Annual report of the Civil Veterinary Department, Bengal, and of the Bengal Veterinary College, for the year 1900-1901 - 1900-1901
Year: 1900
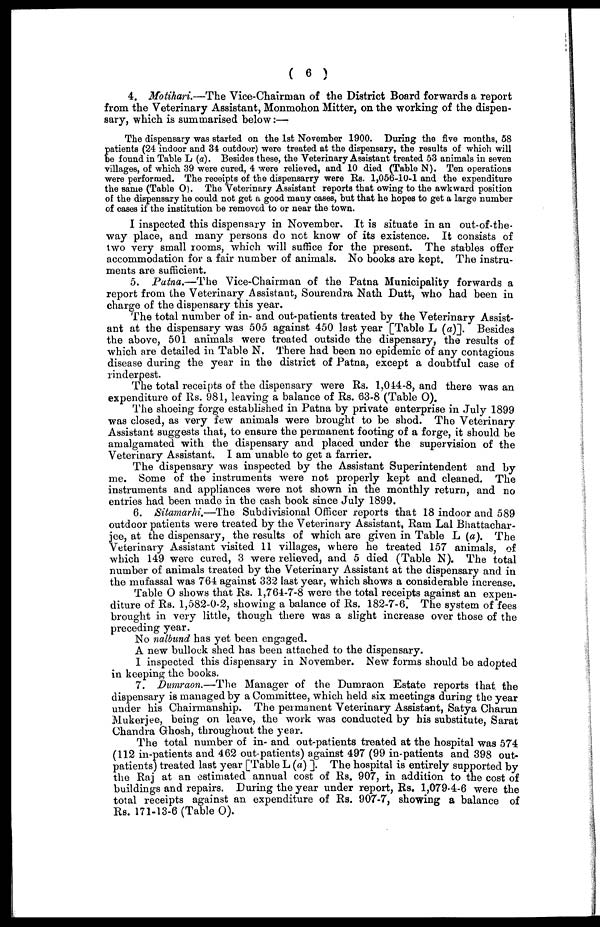
( 6 )
4. Motihari.—The Vice-Chairman of the District Board forwards a report
from the Veterinary Assistant, Monmohon Mitter, on the working of the dispen-
sary, which is summarised below:—
The dispensary was started on the 1st November 1900. During the five months, 58
patients (24 indoor and 34 outdoor) were treated at the dispensary, the results of which will
be found in Table L (a). Besides these, the Veterinary Assistant treated 53 animals in seven
villages, of which 39 were cured, 4 were relieved, and 10 died (Table N). Ten operations
were performed. The receipts of the dispensarry were Rs. 1,056-10-1 and the expenditure
the same (Table O). The Veterinary Assistant reports that owing to the awkward position
of the dispensary he could not get a good many cases, but that he hopes to get a large number
of cases if the institution be removed to or near the town.
I inspected this dispensary in November. It is situate in an out-of-the-
way place, and many persons do not know of its existence. It consists of
two very small rooms, which will suffice for the present. The stables offer
accommodation for a fair number of animals. No books are kept. The instru-
ments are sufficient.
5. Patna.—The Vice-Chairman of the Patna Municipality forwards a
report from the Veterinary Assistant, Sourendra Nath Dutt, who had been in
charge of the dispensary this year.
The total number of in- and out-patients treated by the Veterinary Assist-
ant at the dispensary was 505 against 450 last year [Table L (a)]. Besides
the above, 501 animals were treated outside the dispensary, the results of
which are detailed in Table N. There had been no epidemic of any contagious
disease during the year in the district of Patna, except a doubtful case of
rinderpest.
The total receipts of the dispensary were Rs. 1,044-8, and there was an
expenditure of Rs. 981, leaving a balance of Rs. 63-8 (Table O).
The shoeing forge established in Patna by private enterprise in July 1899
was closed, as very few animals were brought to be shod. The Veterinary
Assistant suggests that, to ensure the permanent footing of a forge, it should be
amalgamated with the dispensary and placed under the supervision of the
Veterinary Assistant. I am unable to get a farrier.
The dispensary was inspected by the Assistant Superintendent and by
me. Some of the instruments were not properly kept and cleaned. The
instruments and appliances were not shown in the monthly return, and no
entries had been made in the cash book since July 1899.
6. Sitamarhi.—The Sub divisional Officer reports that 18 indoor and 589
outdoor patients were treated by the Veterinary Assistant, Ram Lal Bhattachar-
jee, at the dispensary, the results of which are given in Table L (a). The
Veterinary Assistant visited 11 villages, where he treated 157 animals, of
which 149 were cured, 3 were relieved, and 5 died (Table N). The total
number of animals treated by the Veterinary Assistant at the dispensary and in
the mufassal was 764 against 332 last year, which shows a considerable increase.
Table O shows that Rs. 1,764-7-8 were the total receipts against an expen-
diture of Rs. 1,582-0-2, showing a balance of Rs. 182-7-6. The system of fees
brought in very little, though there was a slight increase over those of the
preceding year.
No nalbund has yet been engaged.
A new bullock shed has been attached to the dispensary.
I inspected this dispensary in November. New forms should be adopted
in keeping the books.
7. Dumraon.—The Manager of the Dumraon Estate reports that the
dispensary is managed by a Committee, which held six meetings during the year
under his Chairmanship. The permanent Veterinary Assistant, Satya Charun
Mukerjee, being on leave, the work was conducted by his substitute, Sarat
Chandra Ghosh, throughout the year.
The total number of in- and out-patients treated at the hospital was 574
(112 in-patients and 462 out-patients) against 497 (99 in-patients and 398 out-
patients) treated last year [Table L (a) ]. The hospital is entirely supported by
the Raj at an estimated annual cost of Rs. 907, in addition to the cost of
buildings and repairs. During the year under report, Rs. 1,079-4-6 were the
total receipts against an expenditure of Rs. 907-7, showing a balance of
Rs. 171-13-6 (Table O).